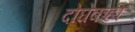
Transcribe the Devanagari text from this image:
दोघेकही